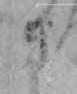
き